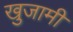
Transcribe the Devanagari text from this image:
खुजामी